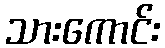
သားကောင်း